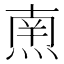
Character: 𱫠